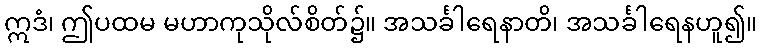
ဣဒံ၊ ဤပထမ မဟာကုသိုလ်စိတ်၌။ အသင်္ခါရေနာတိ၊ အသင်္ခါရေနဟူ၍။